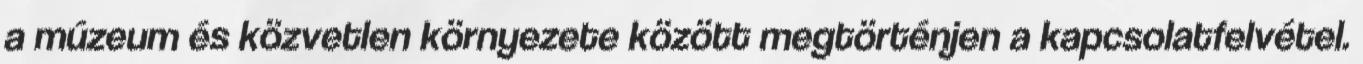
a múzeum és közvetlen környezete között megtörténjen a kapcsolatfelvétel.